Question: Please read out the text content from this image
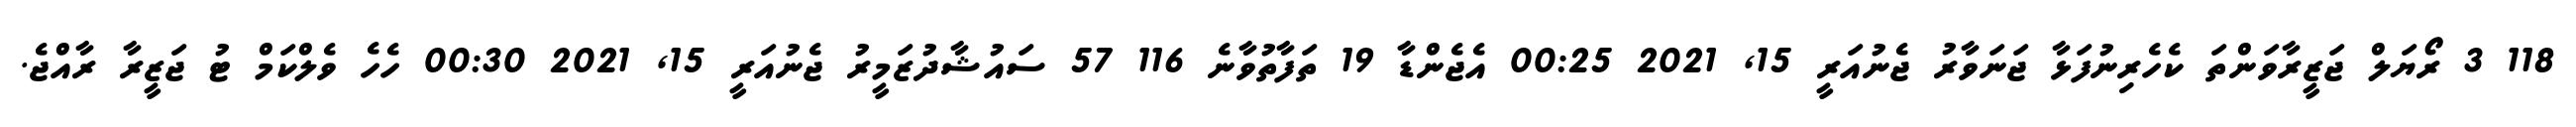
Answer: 118 3 ރޯޔަލް ޖަޒީރާވަންތަ ކެހެރިނުފަޅާ ޖަނަވާރު ޖެނުއަރީ 15, 2021 00:25 އެޖެންޑާ 19 ތަފާތުވާނެ 116 57 ސައުޝާދުޒަމީރު ޖެނުއަރީ 15, 2021 00:30 ހެހެ ވެލްކަމް ޓު ޖަޒީރާ ރާއްޖެ.